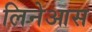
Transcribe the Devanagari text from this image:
लिनेआस